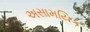
અસામયિક